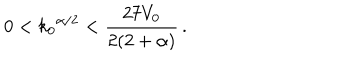
0 < { k _ { 0 } } ^ { \alpha / 2 } < \frac { 2 7 V _ { 0 } } { 2 ( 2 + \alpha ) } \, .